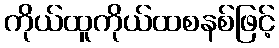
ကိုယ်ထူကိုယ်ထစနစ်ဖြင့်